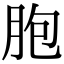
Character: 胞